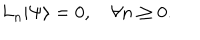
LaTeX: L _ { n } | \Psi \rangle = 0 , \quad \forall n \ge 0 .